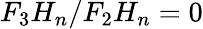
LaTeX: F_{3}H_{n}/F_{2}H_{n}=0